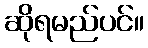
ဆိုရမည်ပင်။